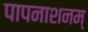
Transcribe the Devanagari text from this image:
पापनाशनम्